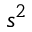
s ^ { 2 }